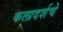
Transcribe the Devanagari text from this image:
कलादर्शचे